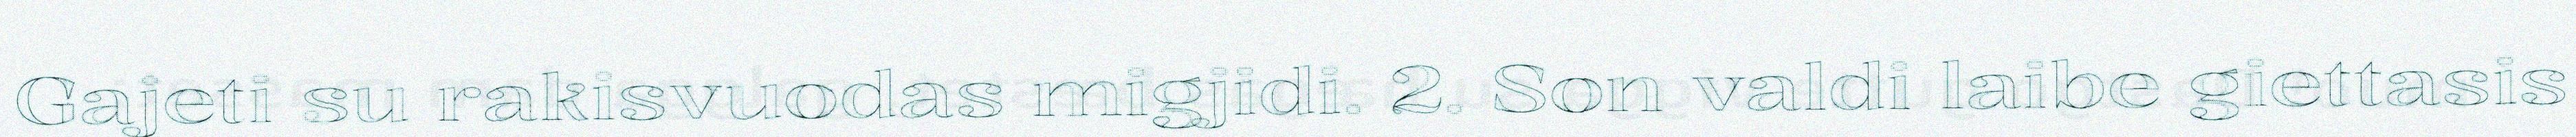
Gajeti su rakisvuodas migjidi. 2. Son valdi laibe giettasis